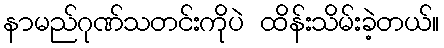
နာမည်ဂုဏ်သတင်းကိုပဲ ထိန်းသိမ်းခဲ့တယ်။